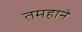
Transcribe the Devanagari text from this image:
तमहाने